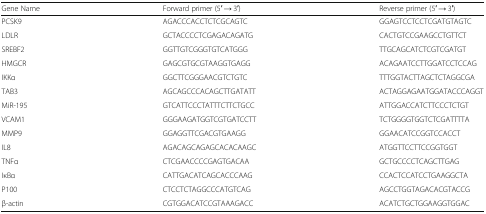
| Gene Name | Forward primer (5′ → 3′) | Reverse primer (5′ → 3′) |
 | --- | --- | --- |
 | PCSK9 | AGACCCACCTCTCGCAGTC | GGAGTCCTCCTCGATGTAGTC |
 | LDLR | GCTACCCCTCGAGACAGATG | CACTGTCCGAAGCCTGTTCT |
 | SREBF2 | GGTTGTCGGGTGTCATGGG | TTGCAGCATCTCGTCGATGT |
 | HMGCR | GAGCGTGCGTAAGGTGAGG | ACAGAATCCTTGGATCCTCCAG |
 | IKKα | GGCTTCGGGAACGTCTGTC | TTTGGTACTTAGCTCTAGGCGA |
 | TAB3 | AGCAGCCCACAGCTTGATATT | ACTAGGAGAATGGATACCCAGGT |
 | MiR-195 | GTCATTCCCTATTTCTTCTGCC | ATTGGACCATCTTCCCTCTGT |
 | VCAM1 | GGGAAGATGGTCGTGATCCTT | TCTGGGGTGGTCTCGATTTTA |
 | MMP9 | GGAGGTTCGACGTGAAGG | GGAACATCCGGTCCACCT |
 | IL8 | AGACAGCAGAGCACACAAGC | ATGGTTCCTTCCGGTGGT |
 | TNFα | CTCGAACCCCGAGTGACAA | GCTGCCCCTCAGCTTGAG |
 | IκBα | CATTGACATCAGCACCCAAG | CCACTCCATCCTGAAGGCTA |
 | P100 | CTCCTCTAGGCCCATGTCAG | AGCCTGGTAGACACGTACCG |
 | β-actin | CGTGGACATCCGTAAAGACC | ACATCTGCTGGAAGGTGGAC |